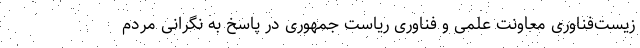
زیست‌فناوری معاونت علمی و فناوری ریاست جمهوری در پاسخ به نگرانی مردم